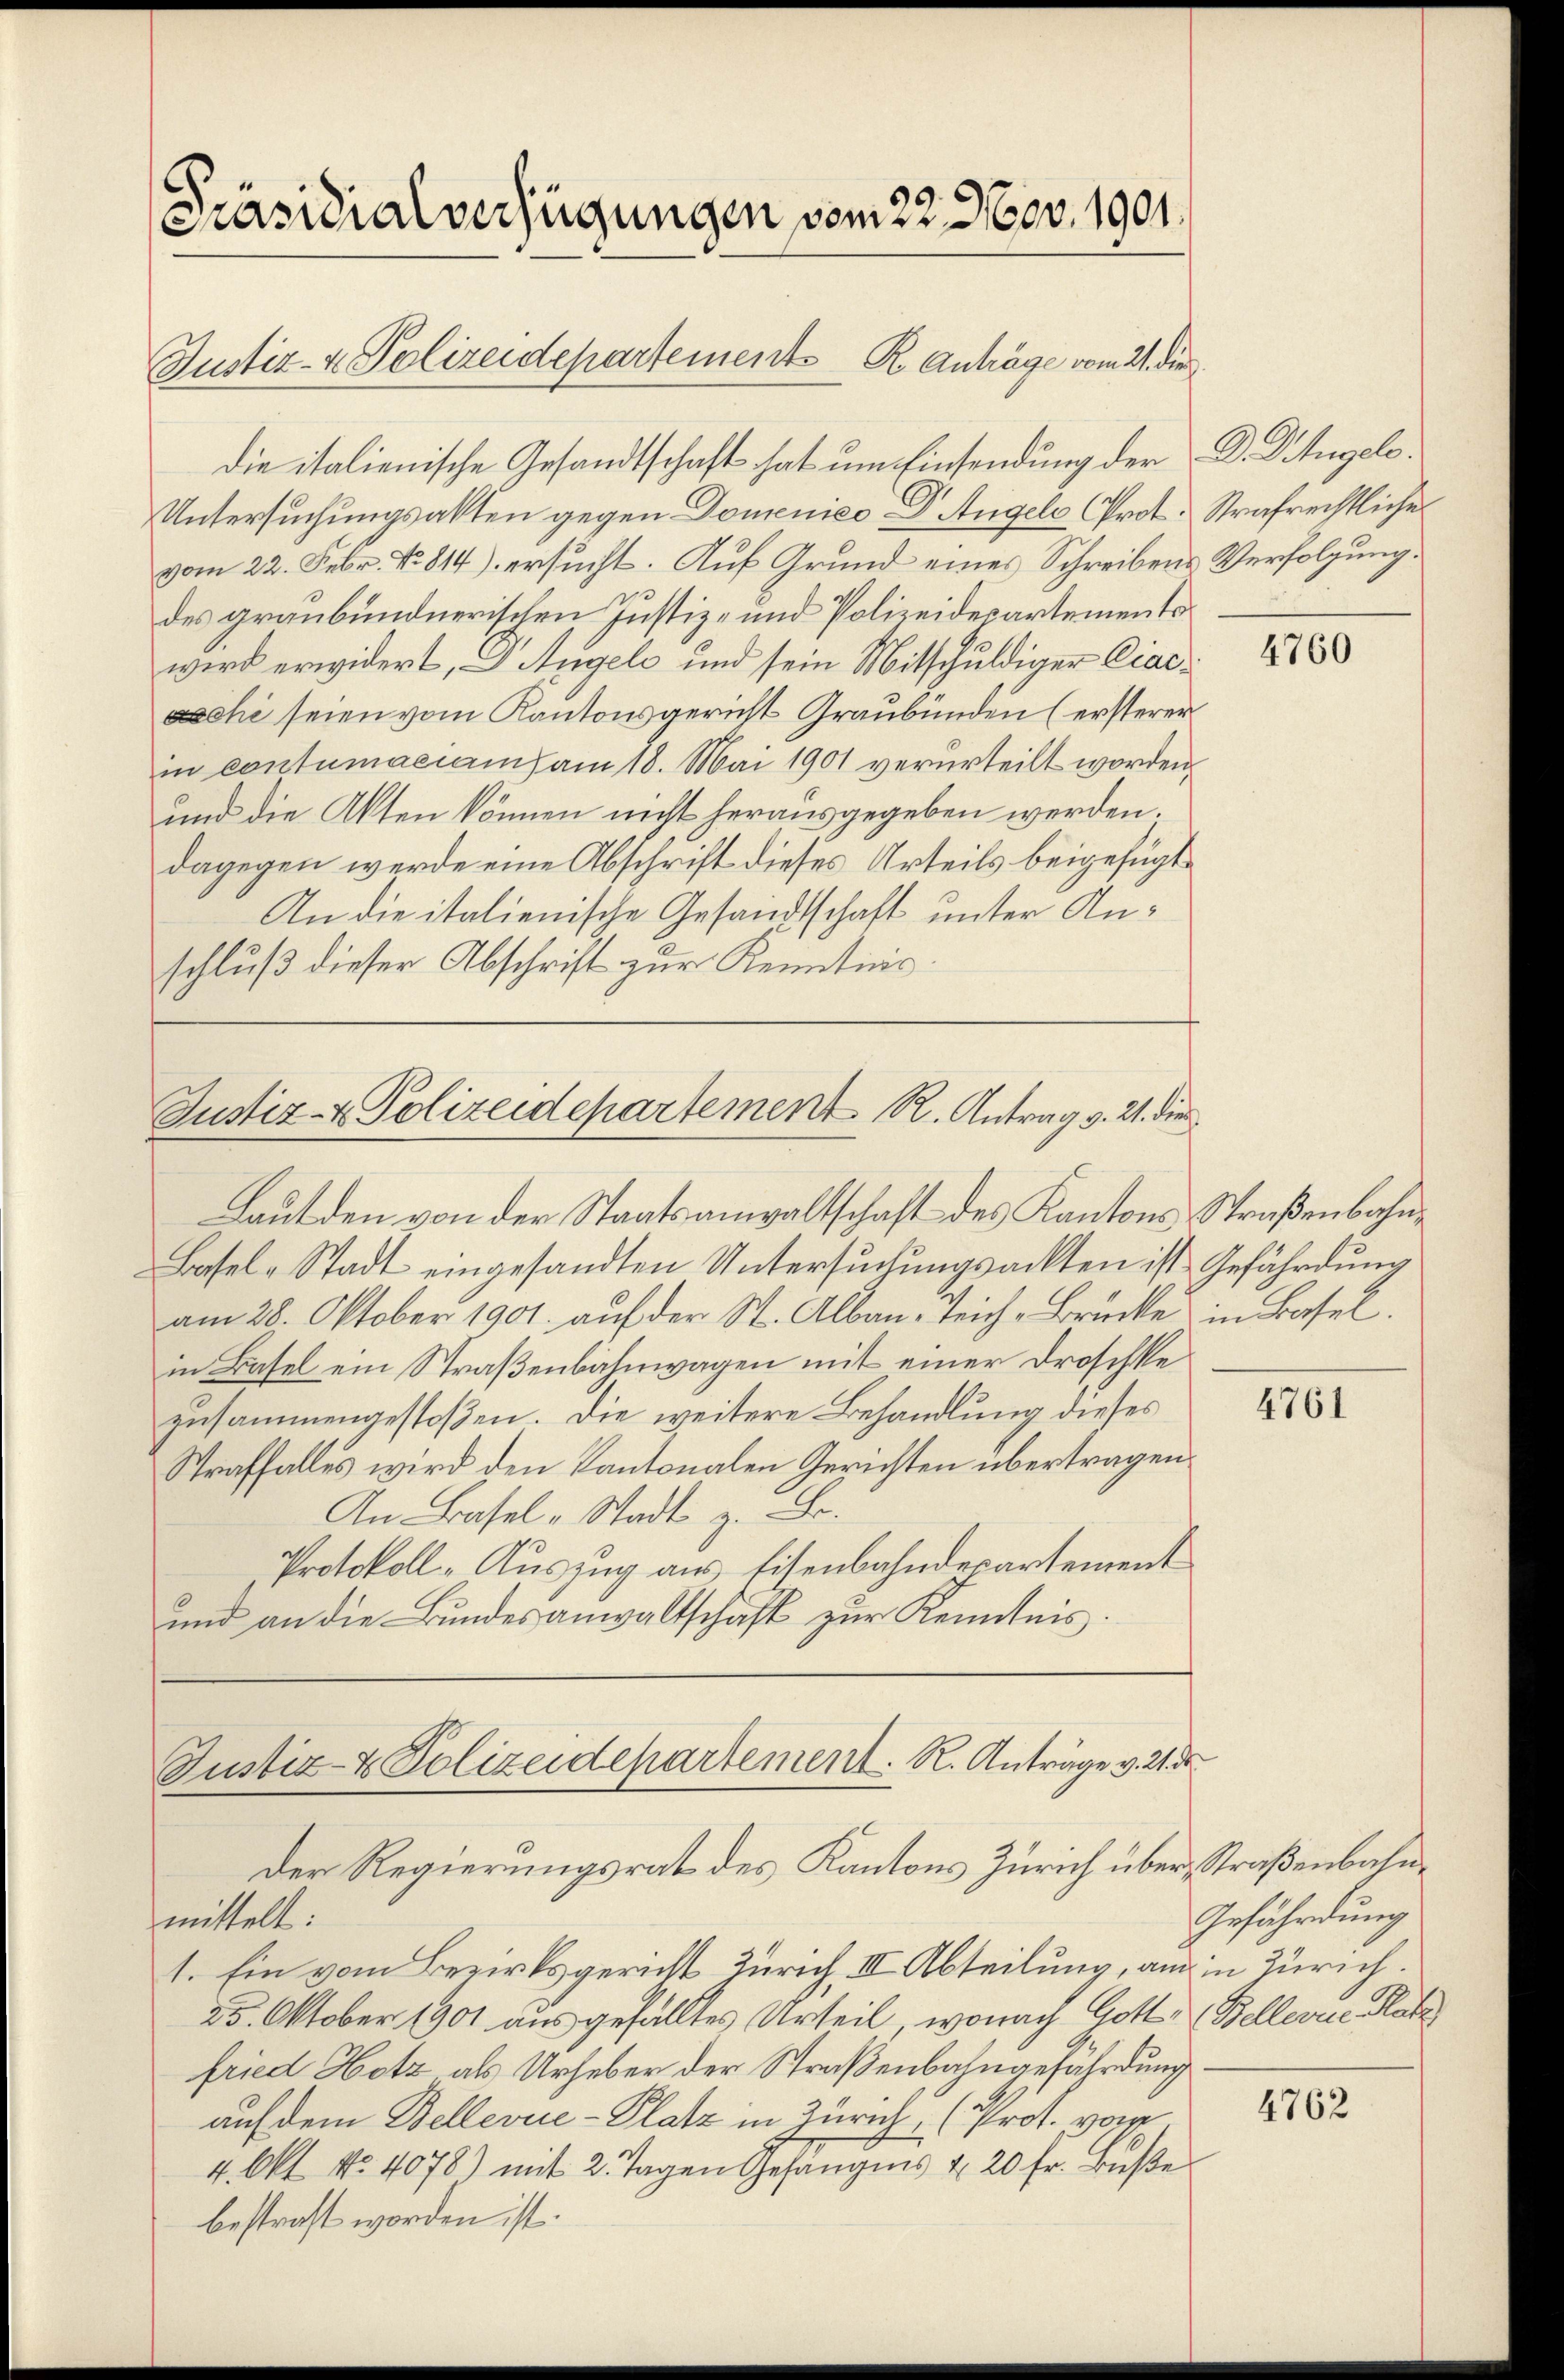
Präsidialverfügungen vom 22. Nov. 1901.

Justiz- & Polizeidepartements R Anträge vom 21. die

die italienische Gesandtschaft hat um Einsendung der D. Dingel.
Untersuchungsakten gegen Domenico - Dr. Angels (Prot. Strafrechtliche
vom 22. Febr. No. 814) ersucht. Auf Grund eines Schreibens Verfolgung.
des graubündnerischen Justiz- und Polizeidepartements
wird erwidert, Dr. Angels und sein Mitschuldiger Ciacchi seien vom Kantonsgericht Graubünden (ersterer
in contumaciam am 18. Mai 1901 verurteilt worden.
und die Akten können nicht herausgegeben werden.
dagegen werde eine Abschrift dieses Urteils beigefügt,
An die italienische Gesandtschaft unter Anschluß dieser Abschrift zur Kenntnis.

Justiz- & Polizeidepartement R. Antrag v. 21. die

Laut den von der Staatsanwaltschaft des Kantons Straßenbahn¬
Basel-Stadt eingesandten Untersuchungsackten ist Gefährdung
am 28. Oktober 1901 auf der St. Alban-Teich-Brücke in Basel,
in Basel ein Straßenbahnwagen mit einer Droschke
zusammengestoßen. Die weitere Behandlung dieses
Straffalles wird den Kantonalen Gerichten übertragen.
An Basel-Stadt z. B.
Protokoll-Auszug aus Eisenbahndepartement
und an die Bundesanwaltschaft zur Kenntnis.

Justiz- & Polizeidepartement. R. Anträge v. 21. de
Der Regierungsrat des Kantons Zürich über, Straßenbahn¬

mittelt:
1. Ein vom Bezirksgericht Zürich, III Abteilung, auch in Zürich.
25. Oktober 1901 ausgefalltes Urteil, wonach Gott, Bellevue Nati
fried Hotz als Urheber der Straßenbahngefährdung
auf dem Bellevue-Platz in Zürich, (Prof. vom
4. Okt No. 4078) mit 2. Tagen Gefängnis u. 20 fr. Bŭβe
bestraft worden ist.

4760

4761

Gefährdung

4762